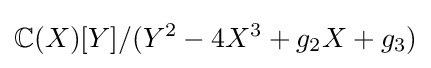
\mathbb {C} (X)[Y]/(Y^{2}-4X^{3}+g_{2}X+g_{3})